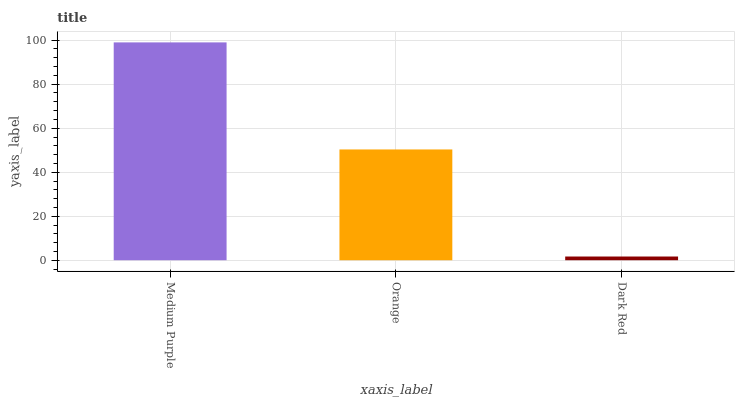
| xaxis_label | bars |
 | --- | --- |
 | Medium Purple | 99 |
 | Orange | 50.3 |
 | Dark Red | 1.69 |